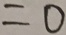
= 0